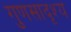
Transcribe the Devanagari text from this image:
गुणसादृश्य